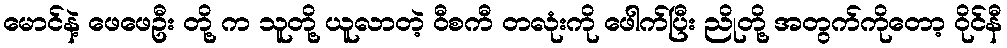
မောင်နဲ့ ဖေဖေဦး တို့ က သူတို့ ယူလာတဲ့ ဝီစကီ တလုံးကို ဖေါက်ပြီး ညိုတို့ အတွက်ကိုတော့ ဝိုင်နီ